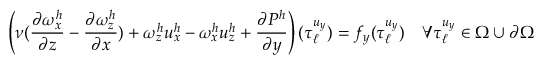
\left( \nu ( \frac { \partial \omega _ { x } ^ { h } } { \partial z } - \frac { \partial \omega _ { z } ^ { h } } { \partial x } ) + \omega _ { z } ^ { h } u _ { x } ^ { h } - \omega _ { x } ^ { h } u _ { z } ^ { h } + \frac { \partial P ^ { h } } { \partial y } \right) ( \boldsymbol { \tau } _ { \ell } ^ { u _ { y } } ) = f _ { y } ( \boldsymbol { \tau } _ { \ell } ^ { u _ { y } } ) \quad \forall \boldsymbol { \tau } _ { \ell } ^ { u _ { y } } \in \Omega \cup \partial \Omega